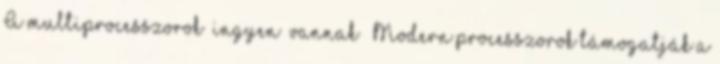
A multiprocesszorok “ingyen” vannak – Modern processzorok támogatják a